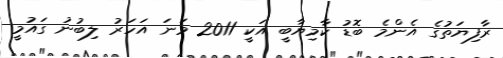
ރާފިޔަތުގެ އެންމެ ބޮޑު ކާމިޔާބީ އަކީ 2011 ވަނަ އަހަރު ލިބުނު ގައުމީ